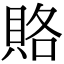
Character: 賂